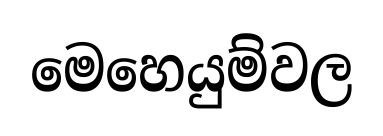
මෙහෙයුම්වල